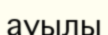
ауылы